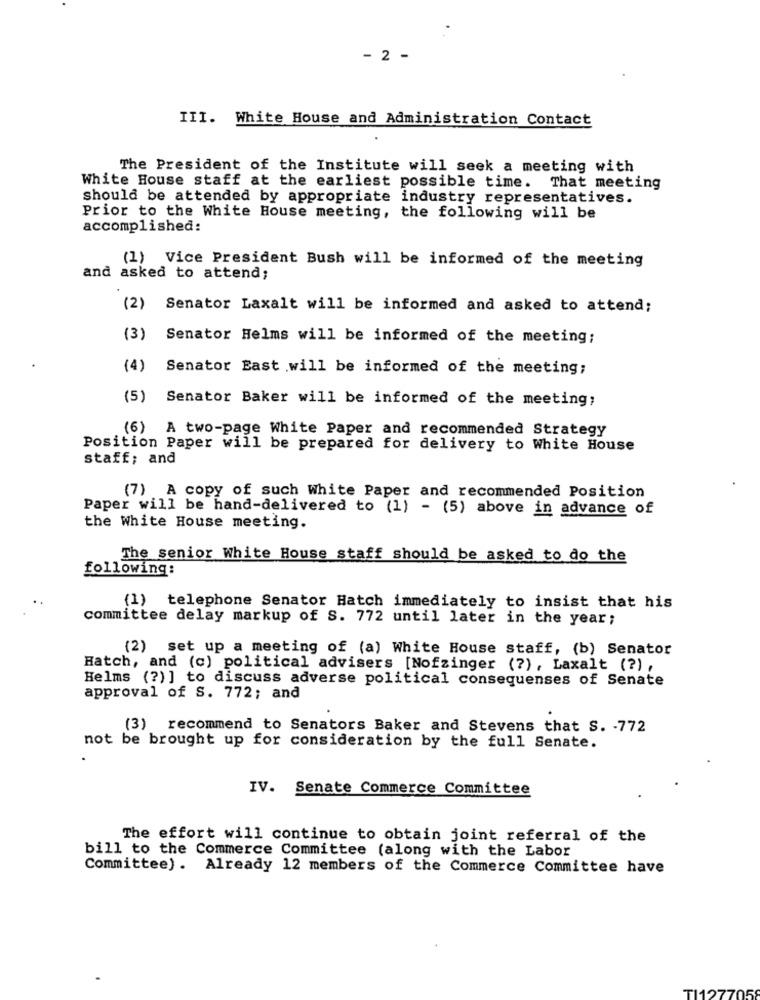
- 2 -
III. White House and Administration Contact
The President of the Institute will seek a meeting with
White House staff at the earliest possible time. That meeting
should be attended by appropriate industry representatives.
Prior to the White House meeting, the following will be
accomplished:
(1) Vice President Bush will be informed of the meeting
and asked to attend;
(2)
Senator Laxalt will be informed and asked to attend;
(3)
Senator Helms will be informed of the meeting;
(4)
Senator East will be informed of the meeting;
(5)
Senator Baker will be informed of the meeting;
(6) A two-page White Paper and recommended Strategy
Position Paper will be prepared for delivery to White House
staff; and
(7) A copy of such white Paper and recommended Position
Paper will be hand-delivered to (1) - (5) above in advance of
the White House meeting.
The senior White House staff should be asked to do the
following:
(1) telephone Senator Hatch immediately to insist that his
committee delay markup of S. 772 until later in the year;
(2) set up a meeting of (a) White House staff, (b) Senator
Hatch, and (c) political advisers [Nofzinger (?), Laxalt (?),
Helms (?)] to discuss adverse political consequenses of Senate
approval of S. 772; and
(3) recommend to Senators Baker and Stevens that S. - 772
not be brought up for consideration by the full Senate.
IV. Senate Commerce Committee
The effort will continue to obtain joint referral of the
bill to the Commerce Committee (along with the Labor
Committee) . Already 12 members of the Commerce Committee have
112